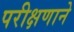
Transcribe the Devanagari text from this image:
परीक्षणाने